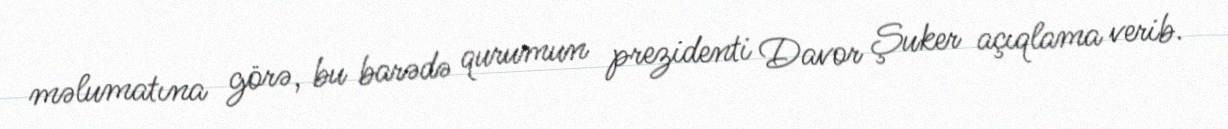
məlumatına görə, bu barədə qurumun prezidenti Davor Şuker açıqlama verib.